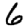
Digit: 6